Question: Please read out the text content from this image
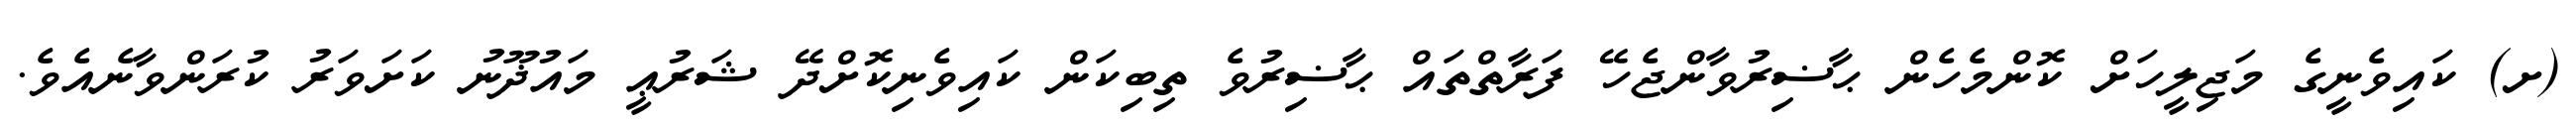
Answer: (ށ) ކައިވެނީގެ މަޖިލީހަށް ކޮންމެހެން ޙާޟިރުވާންޖެހޭ ފަރާތްތައް ޙާޟިރުވެ ތިބިކަން ކައިވެނިކޮށްދޭ ޝަރުޢީ މައުޛޫނު ކަށަވަރު ކުރަންވާނެއެވެ.